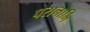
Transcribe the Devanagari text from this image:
परानाभि